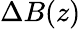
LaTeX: \Delta B(z)